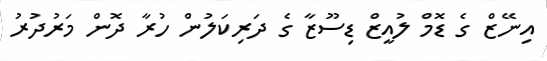
އިނޭޒް ގެ ޑޮމް ލުއީޒް ޑިސޫޒާ ގެ ދަރިކަލުން ހުރާ ދޮން މަރުދުރު